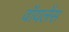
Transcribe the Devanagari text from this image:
वॉयलेंस